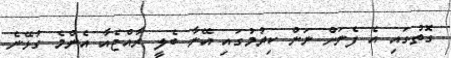
ގޮތުގައި އެ ފެނަށް ނަން ކިޔުމުގައި އޭނާ ބެލީ ރާއްޖެއާ އެންމެ ގުޅޭނެ